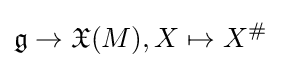
{\mathfrak {g}}\to {\mathfrak {X}}(M),X\mapsto X^{\#}